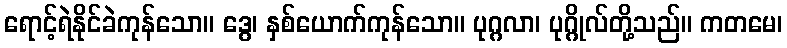
ရောင့်ရဲနိုင်ခဲကုန်သော။ ဒွေ၊ နှစ်ယောက်ကုန်သော။ ပုဂ္ဂလာ၊ ပုဂ္ဂိုလ်တို့သည်။ ကတမေ၊